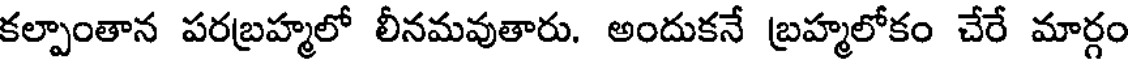
కల్పాంతాన పరబ్రహ్మలో లీనమవుతారు. అందుకనే బ్రహ్మలోకం చేరే మార్గం